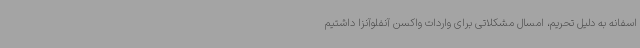
اسفانه به دلیل تحریم، امسال مشکلاتی برای واردات واکسن آنفلوآنزا داشتیم